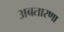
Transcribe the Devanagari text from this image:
अबतारणा